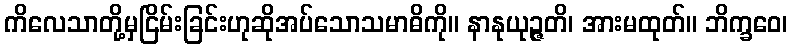
ကိလေသာတို့မှငြိမ်းခြင်းဟုဆိုအပ်သောသမာဓိကို။ နာနုယုဉ္ဇတိ၊ အားမထုတ်။ ဘိက္ခဝေ၊